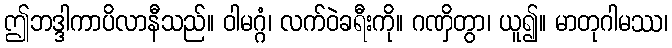
ဤဘဒ္ဒါကာပိလာနီသည်။ ဝါမဂ္ဂံ၊ လက်ဝဲခရီးကို။ ဂဏှိတွာ၊ ယူ၍။ မာတုဂါမဿ၊